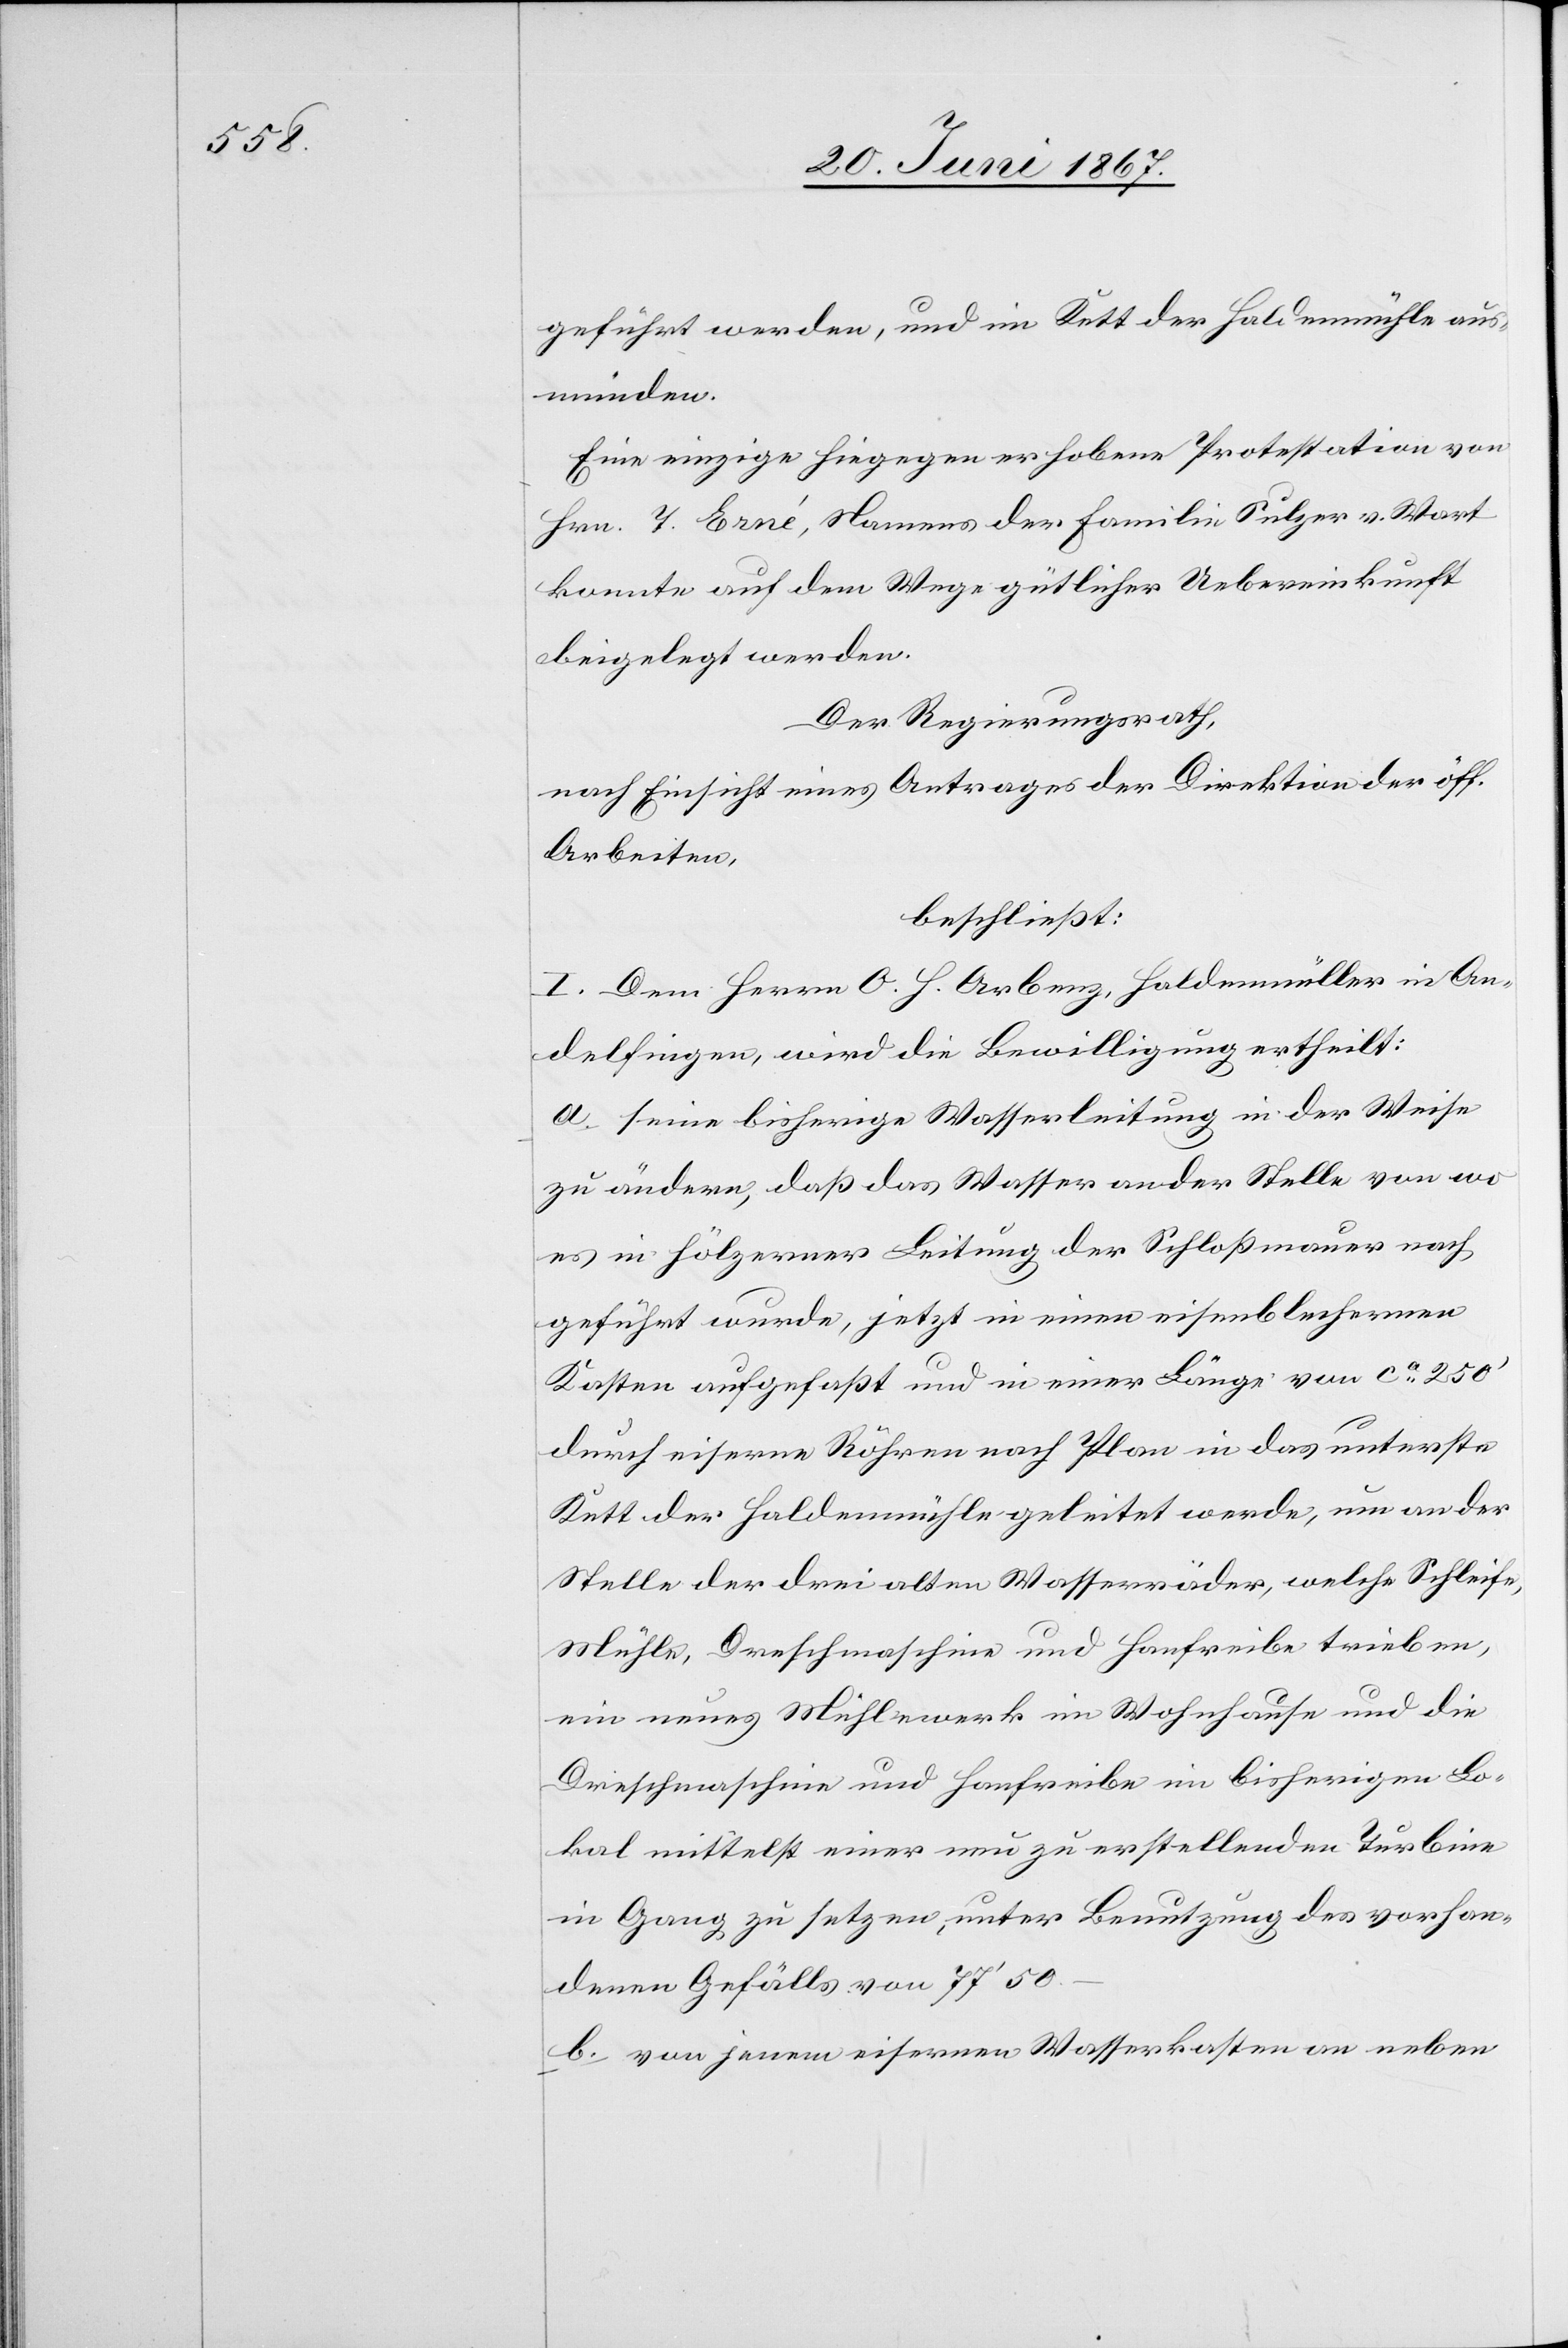
geführt werden, und im Kett der Haldenmühle aus¬
münden.
Eine einzige hiegegen erhobene Protestation von
Hrn. T. Erné, Namens der Familie Sulzer v. Wart
konnte auf dem Wege gütlicher Uebereinkunft
beigelegt werden.
Der Regierungsrath,
nach Einsicht eines Antrages der Direktion der öff.
Arbeiten,
beschließt:
I. Dem Herrn O. H. Arbenz, Haldenmüller in An¬
delfingen, wird die Bewilligung ertheilt:
a. seine bisherige Wasserleitung in der Weise
zu ändern, daß das Wasser an der Stelle von wo
es in hölzerner Leitung der Schloßmauer nach
geführt wurde, jetzt in einen eisenblechernen
Kasten aufgefaßt und in einer Länge von ca. 250‘
durch eiserne Röhren nach Plan in das unterste
Kett der Haldenmühle geleitet werde, um an der
Stelle der drei alten Wasserräder, welche Schleife,
Mühle, Dreschmaschine und Hanfreibe trieben,
ein neues Mühlenwerk im Wohnhause und die
Dreschmaschine und Hanfreibe im bisherigen Lo¬
kal mittelst einer neu zu erstellenden Turbine
in Gang zu setzen, unter Benutzung des vorhan¬
denen Gefälles von 77‘ 50.–
b. von jenem eisernen Wasserkasten an neben